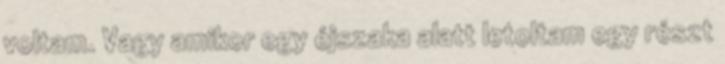
voltam. Vagy amikor egy éjszaka alatt letoltam egy részt